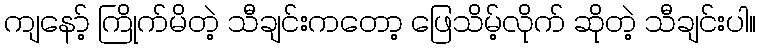
ကျနော့် ကြိုက်မိတဲ့ သီချင်းကတော့ ဖြေသိမ့်လိုက် ဆိုတဲ့ သီချင်းပါ။